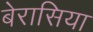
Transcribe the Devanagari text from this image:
बेरासिया